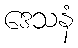
ဒေသနံ